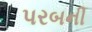
પરબની